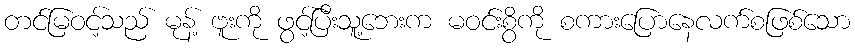
တင်မြဝင့်သည် မုန့် ဗူးကို ဖွင့်ပြီးသူ့ဘေးက မဝင်းစွိကို စကားပြောနေလက်စဖြစ်သော